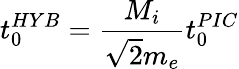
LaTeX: t_{0}^{HYB}=\frac{M_{i}}{\sqrt{2}m_{e}}t_{0}^{PIC}